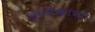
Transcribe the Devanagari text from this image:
संघटिकांशी